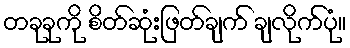
တခုခုကို စိတ်ဆုံးဖြတ်ချက် ချလိုက်ပုံ။